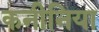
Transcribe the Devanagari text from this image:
कनीनिया